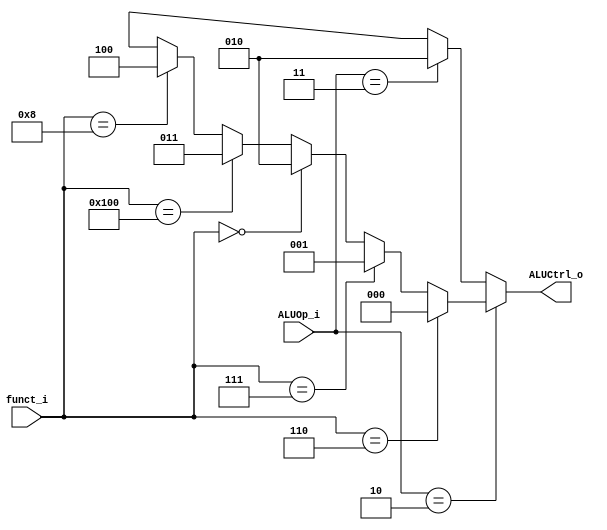
module ALU_Control
(
	funct_i,
	ALUOp_i,
	ALUCtrl_o
);

input	[9:0]		funct_i;
input	[1:0]		ALUOp_i;
output	[2:0]		ALUCtrl_o;

wire	[2:0]		temp;

assign	temp		= (funct_i==10'b0000000110) ? {3'b000}:	// or
					  (funct_i==10'b0000000111) ? {3'b001}:	// and
					  (funct_i==10'b0000000000) ? {3'b010}:	// add
					  (funct_i==10'b0100000000) ? {3'b011}:	// sub
					  (funct_i==10'b0000001000) ? {3'b100}:	// mul
					  3'bxxx;

assign	ALUCtrl_o	= (ALUOp_i==2'b10) ? temp:
					  (ALUOp_i==2'b11) ? {3'b010}:
					  3'bxxx;

endmodule